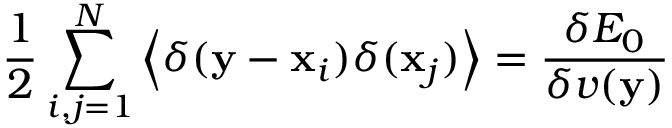
\frac 1 2 \sum _ { i , j = 1 } ^ { N } \left< \delta ( \mathbf y - \mathbf x _ { i } ) \delta ( \mathbf x _ { j } ) \right> = \frac { \delta E _ { 0 } } { \delta v ( \mathbf y ) }